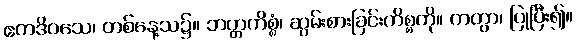
ဧကဒိဝသေ၊ တစ်နေ့သ၌။ ဘတ္တကိစ္စံ၊ ဆွမ်းစားခြင်းကိစ္စကို။ ကတွာ၊ ပြုပြီး၍။